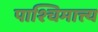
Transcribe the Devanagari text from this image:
पाश्चिमात्त्य